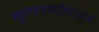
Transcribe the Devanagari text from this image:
मूलपदार्थांपासून